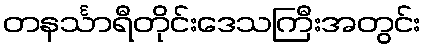
တနင်္သာရီတိုင်းဒေသကြီးအတွင်း